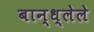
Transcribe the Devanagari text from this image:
बान्ध्लेले